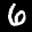
Label: 6